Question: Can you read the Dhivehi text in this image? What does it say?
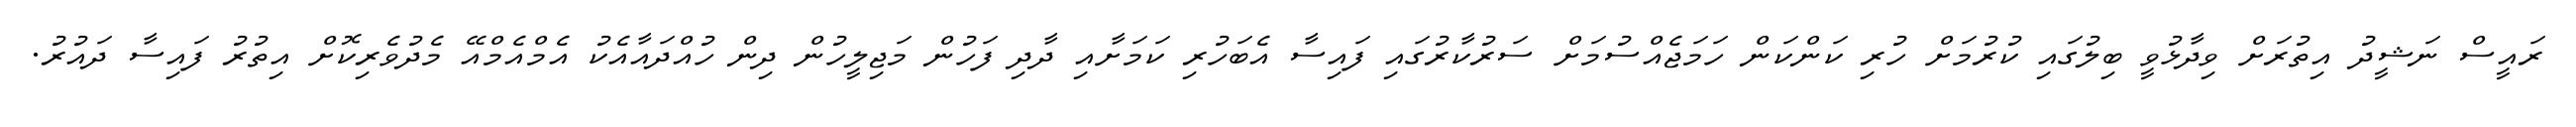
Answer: ރައީސް ނަޝީދު އިތުރަށް ވިދާޅުވީ ބިލުގައި ކުރުމަށް ހުރި ކަންކަން ހަމަޖެއްސުމަށް ސަރުކާރުގައި ފައިސާ އެބަހުރި ކަމަށާއި ދާދި ފަހުން މަޖިލީހުން ދިން ހުއްދައާއެކު އެމްއެމްއޭ މެދުވެރިކޮށް އިތުރު ފައިސާ ދައުރު.